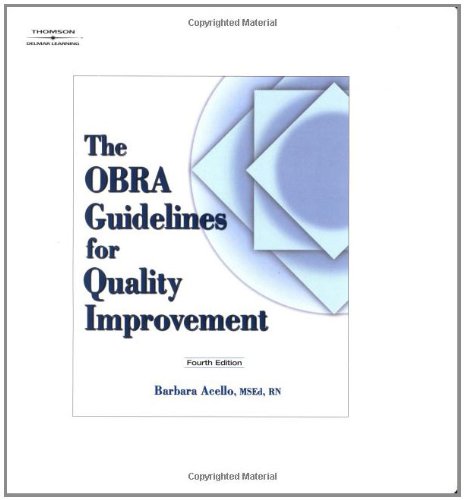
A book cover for The OBRA Guidelines For Quality Improvement; Barbara Acello; Medical Books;